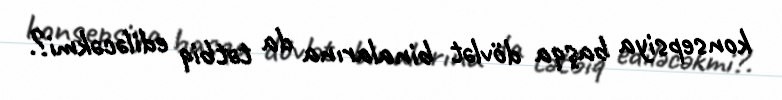
konsepsiya başqa dövlət binalarına da tətbiq ediləcəkmi?.